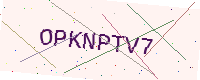
Text: OPKNPTV7